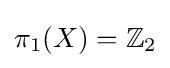
\pi _{1}(X)=\mathbb {Z} _{2}